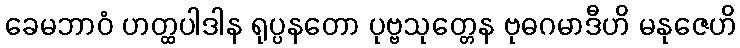
ခေမဘာဝံ ဟတ္ထပါဒါန ရုပ္ပနတော ပုဗ္ဗသုတ္တေန ဗုဓဂမာဒီဟိ မနုဇေဟိ